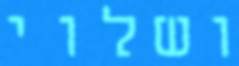
ושלוי